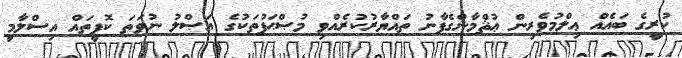
ކުރީގެ ބައެއް ޢިލްމުވެރިން ޢުޘްމާންގެފާނު ތައްޔާރުކުރެއްވި މުޞްޙަފުތަކުގެ އަޞްލު ނުވަތަ ކޮޕީތައް އިސްލާމީ